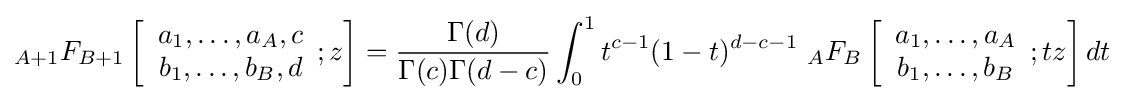
{}_{A+1}F_{B+1}\left[{\begin{array}{c}a_{1},\ldots ,a_{A},c\\b_{1},\ldots ,b_{B},d\end{array}};z\right]={\frac {\Gamma (d)}{\Gamma (c)\Gamma (d-c)}}\int _{0}^{1}t^{c-1}(1-t)_{}^{d-c-1}\ {}_{A}F_{B}\left[{\begin{array}{c}a_{1},\ldots ,a_{A}\\b_{1},\ldots ,b_{B}\end{array}};tz\right]dt